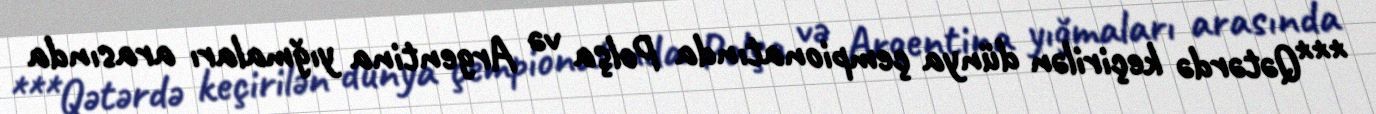
***Qətərdə keçirilən dünya çempionatında Polşa və Argentina yığmaları arasında